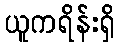
ယူကရိန်းရှိ